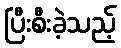
ပြီးစီးခဲ့သည့်